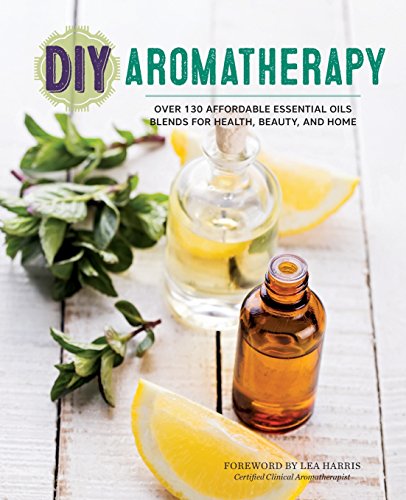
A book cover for DIY Aromatherapy: Over 130 Affordable Essential Oils Blends for Health, Beauty, and Home; Health, Fitness & Dieting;